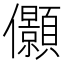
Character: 𰃉